Report on the working of the mental hospitals for Indians in Bihar and Orissa - 1925-1929
Year: 1925
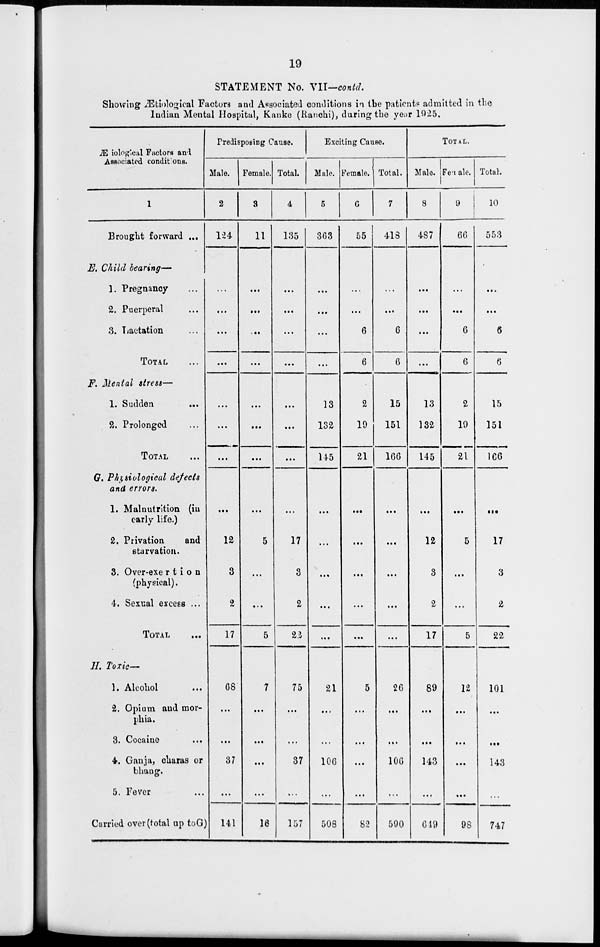
19
STATEMENT No.
VII-contd.
Showing Ætiological Factors and Associated conditions in the patients admitted in the
Indian Mental Hospital, Kanke (Ranchi), during the year 1925.
Ætiological Factors and
Associated conditions.
1
Brought forward ...
E. Child bearing—
1. Pregnancy ...
2. Puerperal ...
3. Lactation ...
TOTAL ...
F. Mental stress—
1. Sudden ...
2. Prolonged ...
TOTAL ...
G. Physiological defects
and errors.
1. Malnutrition (in
early life.)
2. Privation
and
starvation.
3. Over-exe r t i o n
(physical).
4. Sexual excess ...
TOTAL ...
H. Toxic-
1. Alcohol
2. Opium and mor-
phia.
3. Cocaine
...
4. Ganja, charas or
bhang.
5. Fever ...
Carried over (total up to G)
Predisposing Cause.
Male.
2
124
...
...
...
...
...
...
. ..
...
12
3
2
17
68
...
...
37
...
141
Female.
3
11
...
...
...
...
...
...
...
...
5
...
...
5
7
...
.. .
...
...
16
Total.
4
135
...
...
...
...
...
...
...
...
17
3
2
22
75
...
...
37
...
157
Exciting Cause.
Male.
5
363
...
...
...
...
13
132
145
...
...
. ..
. ..
...
21
.. .
...
106
...
508
Female.
6
55
...
...
6
6
2
19
21
...
. ..
...
...
...
5
...
...
...
...
82
Total.
7
418
...
. ..
6
6
15
151
166
...
...
...
...
...
26
. ..
...
106
...
590
TOTAL.
Male.
8
487
...
...
...
...
13
132
145
...
12
3
2
17
89
.. .
...
143
...
649
Female.
9
66
...
...
6
6
2
19
21
...
5
...
...
5
12
...
...
...
...
98
Total.
10
553
...
...
6
6
15
151
166
...
17
3
2
22
101
...
...
143
. ..
747